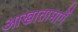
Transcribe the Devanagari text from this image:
आखातामार्गे